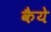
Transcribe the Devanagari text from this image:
कैये